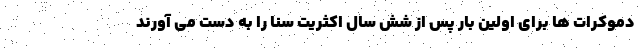
دموکرات ها برای اولین بار پس از شش سال اکثریت سنا را به دست می آورند